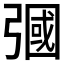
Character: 𢐚